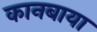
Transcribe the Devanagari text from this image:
कानबाया